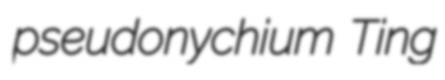
pseudonychium Ting